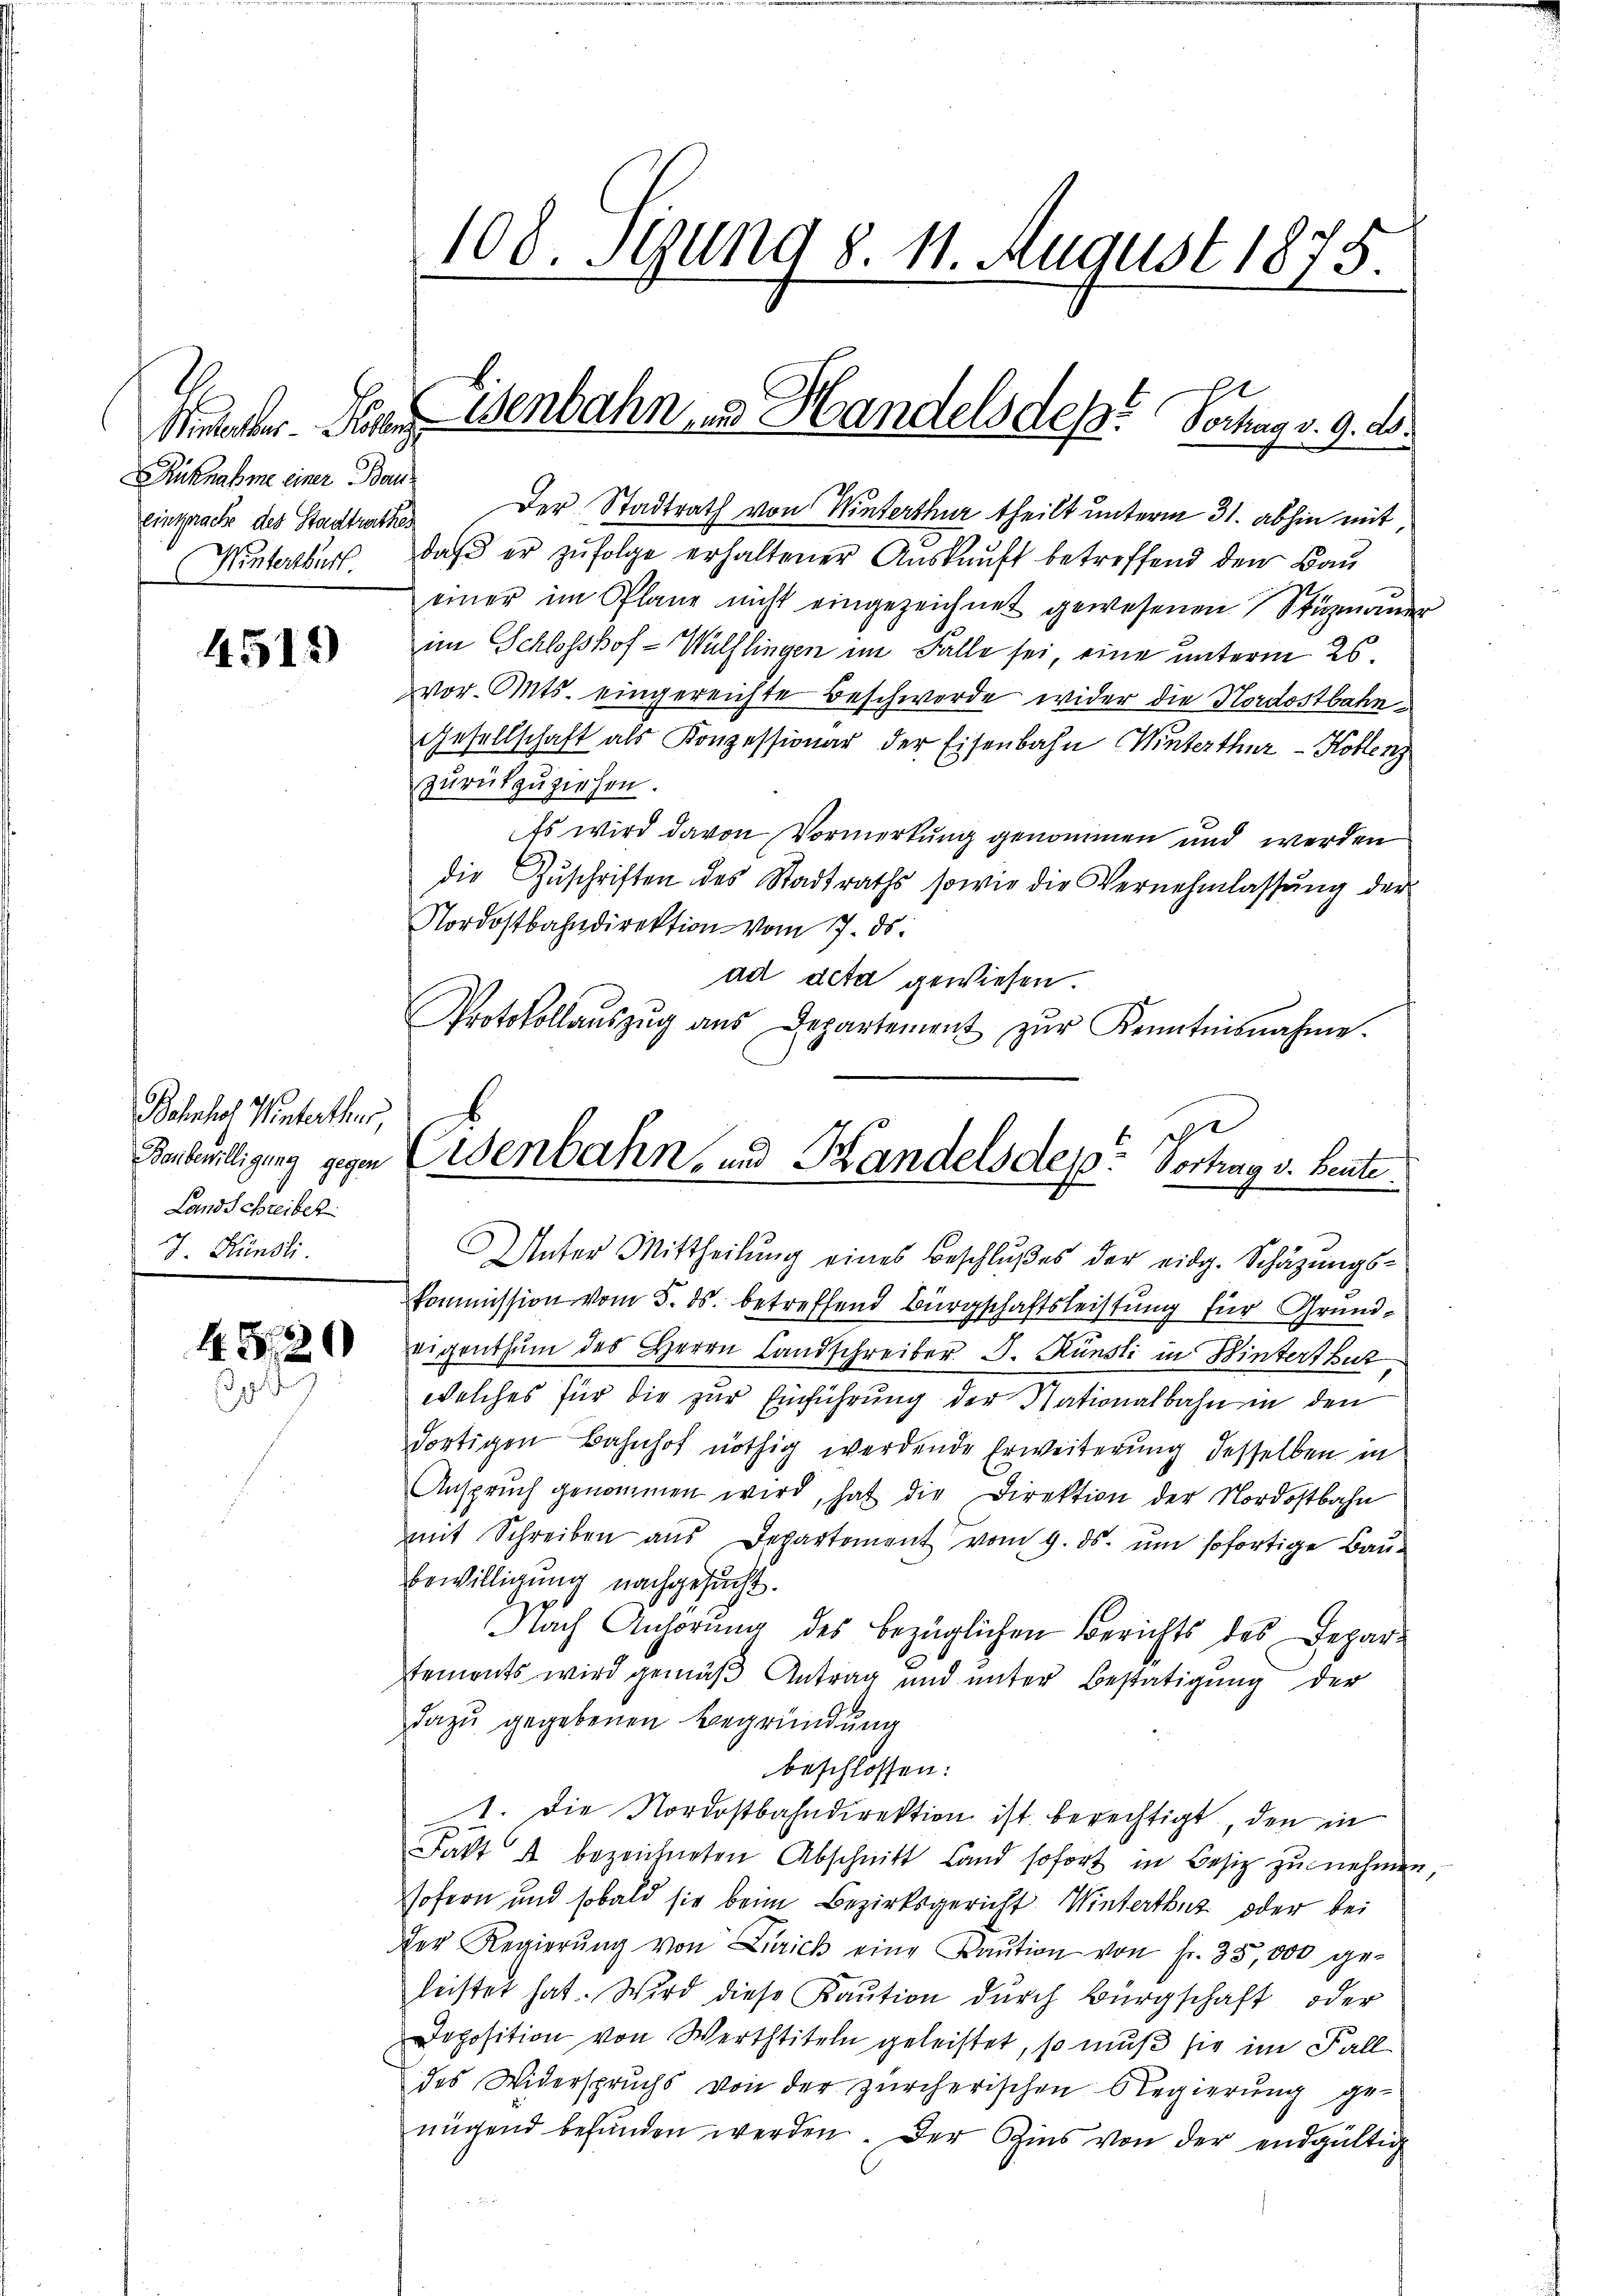
Mimeter Peten
Rücknahme einer Bau
Wintersbur

4515)

Bahnhof Winterthur,
Baubewilligung gegen
Landschreiber
J. Mündli

4520
o

108. Jung 8. 11. August 1875.
e

Eisenbahn- & Handels des Hochag v. 9. d.

Einprache des Stadtrathes der Stadtrath von Winterthur theilt unterm 31. abhin mit
daβ er zŭfolge erhaltener Auskunft betreffend den Bau
.
einer im Plane nicht eingezeichnet gewesenen Stözmander
im Schlosshof - Wülflingen im Falle sei, eine unterm 26.
vor. Mts. eingereichte Beschwerde wider die Nordostbahn¬
Gesellschaft als Konzessionar der Eisenbahn Winterthur - Hollenz
zurückzuziehen.
Es wird davon Vormerkung genommen und werden
die Zŭschriften des Stadtraths sowie die Vernehmlassŭng der
Nordostbahndirektion vom 17. ds.
ad deta gewiesen.
Protokollaŭszŭg aŭs Departement zŭr Kenntnisnahme.
Unter Mittheilŭng eines Beschlŭβes der eidg. Schäzŭngs-
kommission vom 5. ds. betreffend Bürgschaftsleistung für Grund¬
Wigenthum des Herrn Landschreiber J. Künsti in Winterthut,
welches für die zur Einführung der Nationalbahn in den
dortigen Bahnhof nöthig werdende Erweiterung desselben in
Ansprŭch genommen wird, hat die Direktion der Nordostbahn
mit Schreiben aus Departement vom 9. ds. um sofortige Bau-
bewilligung nachgesucht.
Nach Anhörung des bezüglichen Berichts des Depar-
tements wird gemäß Antrag und unter Bestätigung der
dazu gegebenen Begründung
beschlossen:
1. Die Nordostbahndirektion ist berechtigt, den in
Fatt A bezeichneten Abschnitt Land sofort in Besitz zu nehmen,
sofern und sobald sie beim Bezirksgericht Winterthur oder bei
der Regierŭng von Zürich eine Kaŭtion von fr. 35,000 ge-
leistet hat. Wird diese Kaŭtion dŭrch Bürgschaft oder
Deposition von Werttiteln geleistet, so muß sie im Fall
des Widerspruchs von der zürcherischen Regierung ge-
nügend befunden werden. Der Zins von der endgültig

e
Eisenbahn, und Handels des Vortrag v. Heute.